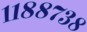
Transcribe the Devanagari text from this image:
११८८७३८